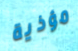
مؤذية